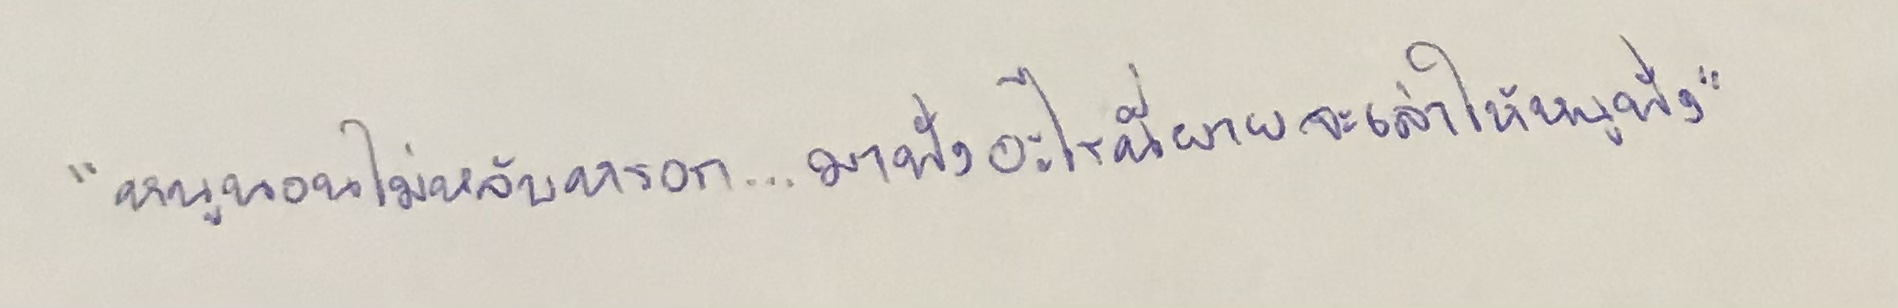
"หนูนอนไม่หลับหรอก...มาฟังอะไรนี่ยายจะเล่าให้หนูฟัง"